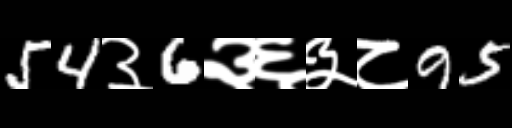
Text: 54३6३६३८95